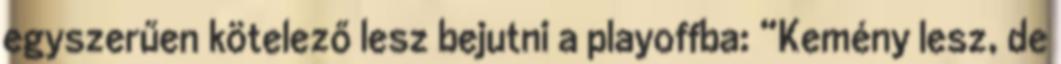
egyszerűen kötelező lesz bejutni a playoffba: “Kemény lesz, de